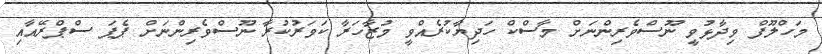
މަހްލޫފް ވިދާޅުވީ ނޫސްވެރިންނަށް މާސްކް ހަދިޔާކުރެއްވީ މުޒާހަރާ ކަވަރުކުރާ ނޫސްވެރިންނަށް ޕެޕަ ސްޕްރޭއާއި